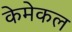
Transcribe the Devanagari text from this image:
केमेकल